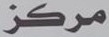
مرطز